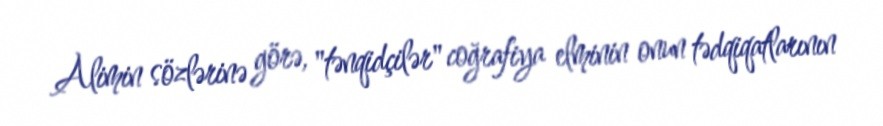
Alimin sözlərinə görə, "tənqidçilər" coğrafiya elminin onun tədqiqatlarının